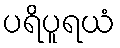
ပရိပူရယံ